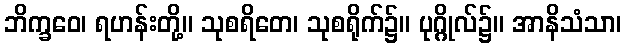
ဘိက္ခဝေ၊ ရဟန်းတို့။ သုစရိတေ၊ သုစရိုက်၌။ ပုဂ္ဂိုလ်၌။ အာနိသံသာ၊